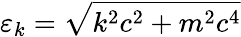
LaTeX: \varepsilon_{k}=\sqrt{k^{2}c^{2}+m^{2}c^{4}}